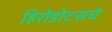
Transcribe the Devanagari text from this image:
हिरोडोटसचे